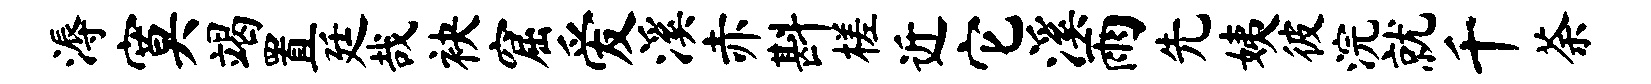
溽寞竭置廷哉袂窟爱溪赤斟槎近它溪雨先姨彼浣就千荼